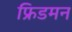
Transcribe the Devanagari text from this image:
फ्रिडमन